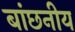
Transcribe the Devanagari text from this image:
बांछनीय